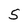
Character: 5